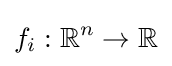
f_{i}:\mathbb {R} ^{n}\to \mathbb {R}